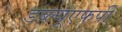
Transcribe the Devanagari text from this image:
डब्ल्यूएफपी